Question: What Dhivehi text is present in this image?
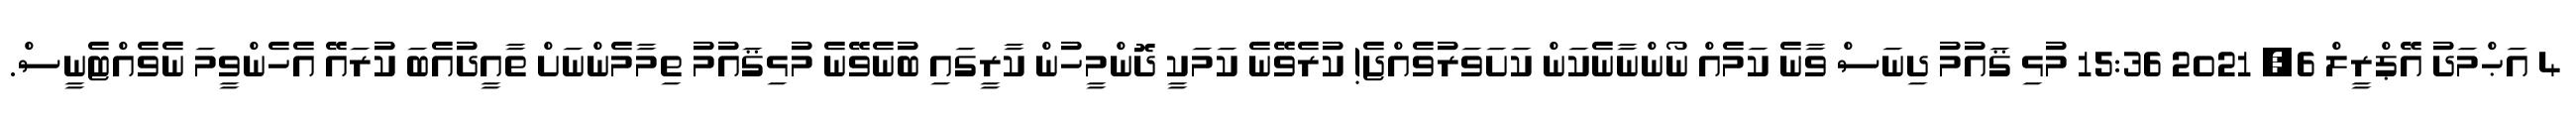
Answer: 4 އަޙްމަދު އޭޕްރީލް 6, 2021 15:36 މުޅި ޤައުމު ދިނަސް ވާނެ ކަމެއް ނޯންނާނެކަން ކަށަވަރުވެއްޖެ! ކުރެވޭނެ ކަމަކީ ދޮންމީހުން ކާރީގައި ބުނެވޭނެ މުޅިޤައުމު ތިމާމެންނަށް ތާއީދުއެބަ ކުރައޭ އެހެންވީމަ ނެވެއްޓެނީސް.